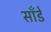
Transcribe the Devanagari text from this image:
साँडे